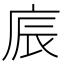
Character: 𢈫